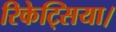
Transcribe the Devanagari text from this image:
रिकेट्सिया।